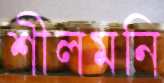
শীলমনি